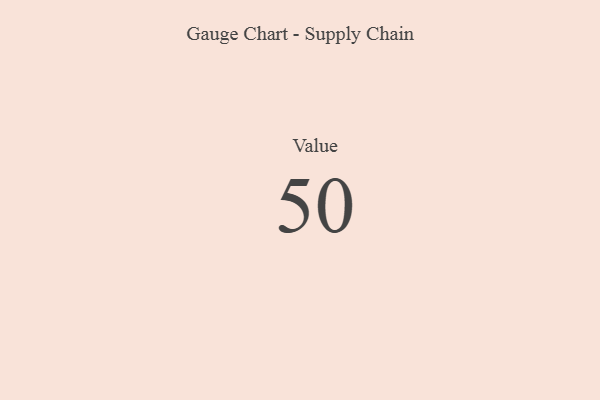
{"axis": {"x": "Metric", "y": "Value"}, "legend": [""], "data": [{"x": "Value", "y": 50, "type": ""}]}